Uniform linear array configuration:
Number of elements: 64
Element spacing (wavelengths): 0.5
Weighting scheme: cosine
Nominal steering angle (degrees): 45
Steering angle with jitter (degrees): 45.056
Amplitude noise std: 0.05
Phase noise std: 0.05

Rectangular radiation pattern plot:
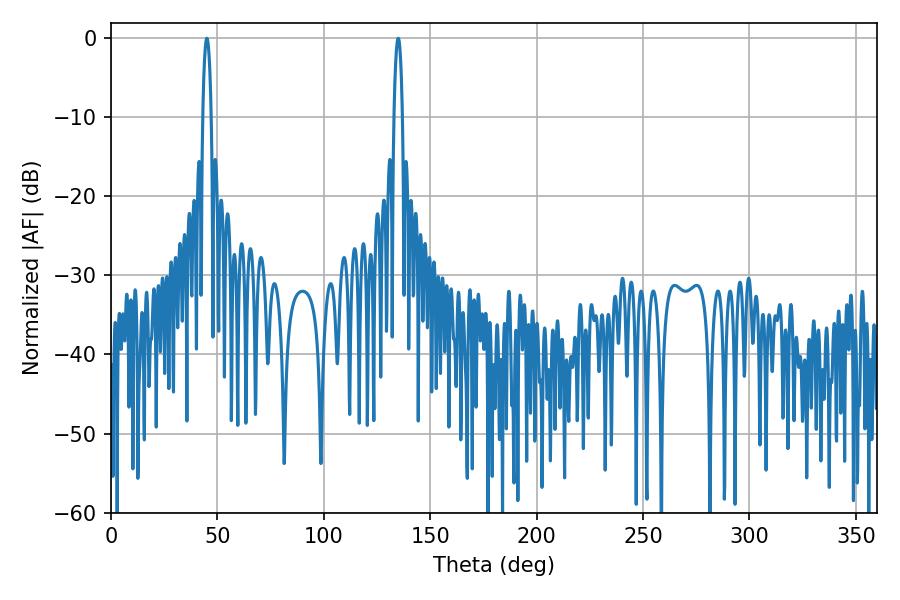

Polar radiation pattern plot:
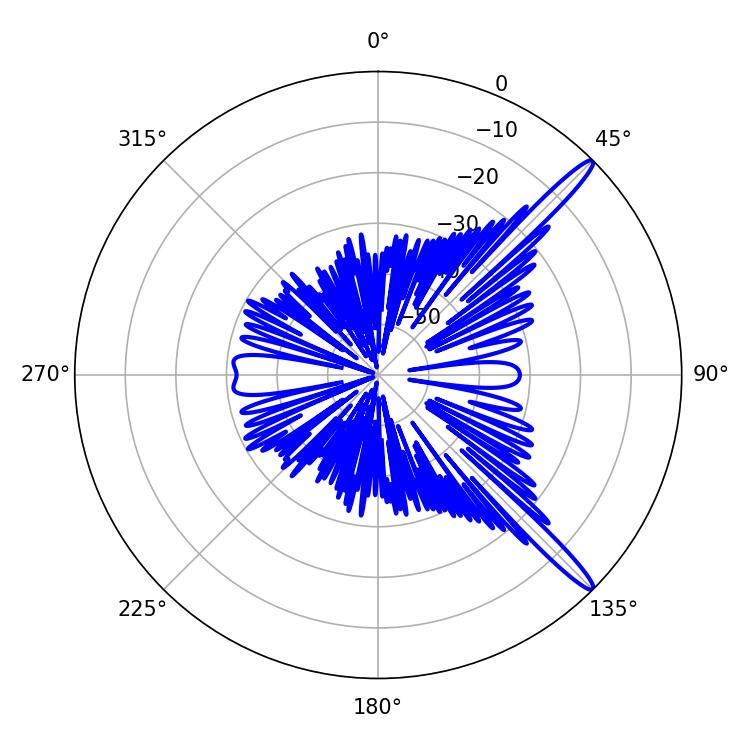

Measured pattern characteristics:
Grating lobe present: FALSE
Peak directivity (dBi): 15.021
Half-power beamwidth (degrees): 2.16
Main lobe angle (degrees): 45